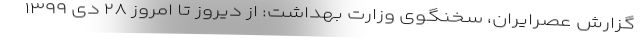
گزارش عصرایران، سخنگوی وزارت بهداشت: از دیروز تا امروز ۲۸ دی ۱۳۹۹